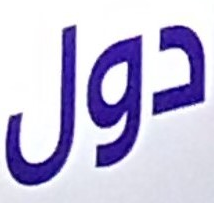
دول